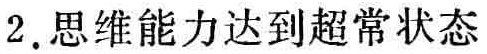
2. 思维能力达到超常状态